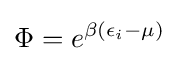
\Phi =e^{\beta (\epsilon _{i}-\mu )}